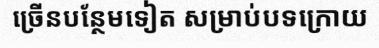
ច្រើនបន្ថែមទៀត សម្រាប់បទក្រោយ